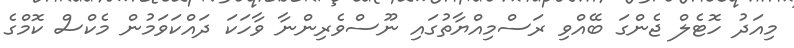
މިއަދު ހޮޓެލް ޖެންގަ ބޭއްވި ރަސްމިއްޔާތުގައި ނޫސްވެރިންނާ ވާހަކަ ދައްކަވަމުން މެކްސް ކޮމްގެ